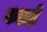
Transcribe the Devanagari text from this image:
कडाहे